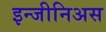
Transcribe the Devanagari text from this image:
इन्जीनिअस